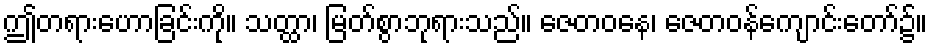
ဤတရားဟောခြင်းကို။ သတ္ထာ၊ မြတ်စွာဘုရားသည်။ ဇေတဝနေ၊ ဇေတဝန်ကျောင်းတော်၌။